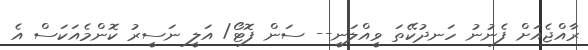
ރާއްޖެއަށް ފެނުނު ހަނދުކޭތަ ވީއްލަނީ-- ސަން ފޮޓޯ/ އަލީ ނަސީރު ކޮންމެއަކަސް އެ